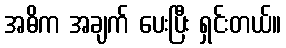
အဓိက အချက် ပေးပြီး ရှင်းတယ်။